Annual statistical returns and brief notes on vaccination in Bengal - 1887-1898
Year: 1887
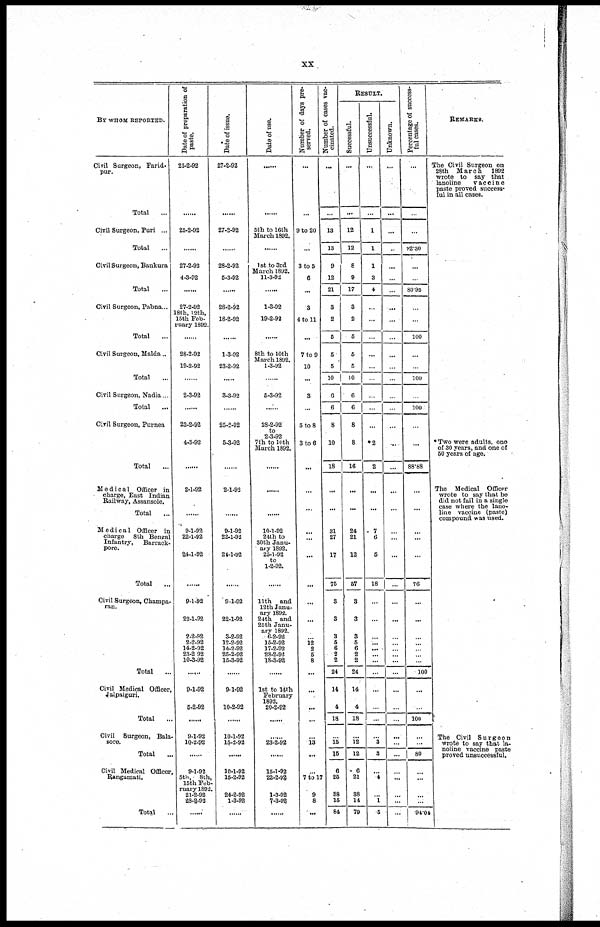
xx
BY WHOM REPORTED.
Civil Surgeon, Farid¬
pur.
Total ...
Civil Surgeon, Puri ...
Total ...
Civil Surgeon, Bankura
Total ...
Civil Surgeon, Pabna...
Total ...
Civil Surgeon, Malda...
Total ...
Civil Surgeon, Nadia...
Total ...
Civil Surgeon, Purnea
Total ...
Medical Officer in
charge, East Indian
Railway, Assansole.
Total ...
Medical Officer in
charge 8th Bengal
Infantry,
Barrack¬
pore.
Total ...
Civil Surgeon, Champa¬
ran.
Total
...
Civil Medical Officer,
Jalpaiguri.
Total ...
Civil Surgeon, Bala¬
sore.
Total ...
Civil Medical Officer,
Rangamati.
Total ...
Date of preparation of
paste.
25-2-92
......
25-2-82
......
27-2-92
4-3-92
......
27-2-92
18th, 12th,
15th Feb-
ruary 1892.
......
28-2-92
19-2-92
......
2-3-92
......
23-2-92
4-3-92
......
2-1-92
......
9-1-92
22-1-92
24-1-92
......
9-1-92
22-1-92
2-2-92
2-2-92
14-2-92
23-2-92
10-3-92
......
9-1-92
5-2-92
......
9-1-92
10-2-92
...
9-1-92
5th, 8th,
15th Feb-
ruary 1892.
21-2-92
28-2-92
......
Date of issue.
27-2-92
......
27-2-92
......
28-2-92
5-3-92
......
28-2-92
18-2-92
......
1-3-92
23-2-92
......
3-3-92
......
25-2-92
5-3-92
......
2-1-93
......
9-1-92
22-1-92
24-1-92
......
9-1-92
22-1-92
3-2-92
12-2-92
14-2-92
25-2-92
15-3-92
......
9-1-92
10-2-92
......
10-1-92
15-2-92
......
10-1-92
15-2-92
24-2-92
1-3-92
......
Date of use.
......
......
5th to 16th
March 1892.
......
1st to 3rd
March 1892.
11-3-92
......
1-3-92
19-2-92
......
8th to 10th
March 1892.
1-3-92
......
5-3-92
......
28-2-92
to
2-3-92
7th to 10th
March 1892.
......
......
......
10-1-92
24th to
30th Janu-
ary 1892.
25-1-92
to
1-2-92.
......
11th and
12th Janu-
ary 1892.
24th and
25th Janu-
ary 1892.
6-2-92.
15-2-92
17-2-92
28-2-92
18-3-92
......
1st to 14th
February
1892.
20-2-92
......
23-2-92
......
15-1-92
22-2-99
1-3-92
7-3-92
......
Number of days pre-
served.
...
...
9 to 20
...
3 to 5
6
...
3
4 to 11
...
7 to 9
10
...
3
...
5 to 8
3 to 6
...
...
...
...
...
...
...
...
...
...
12
2
5
8
...
...
...
...
...
13
...
...
7 to 17
9
8
...
Number of cases vac-
cinated.
...
...
13
13
9
12
21
3
2
5
5
5
10
6
6
8
10
18
...
...
31
27
17
75
3
3
3
5
6
2
2
24
14
4
18
...
15
15
6
25
38
15
84
RESULT.
Successful.
...
...
12
12
8
9
17
3
2
5
5
5
10
6
6
8
8
16
...
...
24
21
12
57
3
3
3
5
6
2
2
24
14
4
18
...
12
12
6
21
38
14
79
Unsuccessful.
...
...
1
1
1
3
4
...
...
...
...
...
...
...
...
...
*2
2
...
...
7
6
5
18
...
...
...
...
...
...
...
...
...
...
...
...
3
3
...
4
... 1
6
Unknown.
...
...
...
...
...
...
...
...
...
...
...
...
...
...
...
...
...
...
...
...
...
...
...
...
...
...
...
...
...
...
...
...
...
...
...
...
...
...
...
...
...
...
...
Percentage of success-
ful cases.
...
...
...
92.30
...
...
80.95
...
...
100
...
...
100
...
100
...
...
88.88
...
...
...
...
...
76
...
...
...
...
...
...
...
100
...
...
100
...
...
80
...
...
...
...
94.04
REMARKS.
The Civil Surgeon on
28th March 1892
wrote to say that
lanoline
vaccine
paste proved success-
ful in all cases.
* Two were adults, one
of 30 years, and one of
50 years of age.
The Medical Officer
wrote to say that be
did not fail in a single
case where the lano-
line vaccine (paste)
compound was used.
The Civil Surgeon
wrote to say that la-
noline vaccine paste
proved unsuccessful.